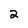
Character: 2